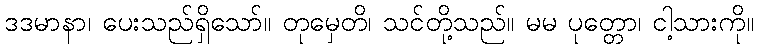
ဒဒမာနာ၊ ပေးသည်ရှိသော်။ တုမှေတိ၊ သင်တို့သည်။ မမ ပုတ္တော၊ ငါ့သားကို။